Civil Veterinary Department Bengal reports 1933-51 - 1933-1951
Year: 1933
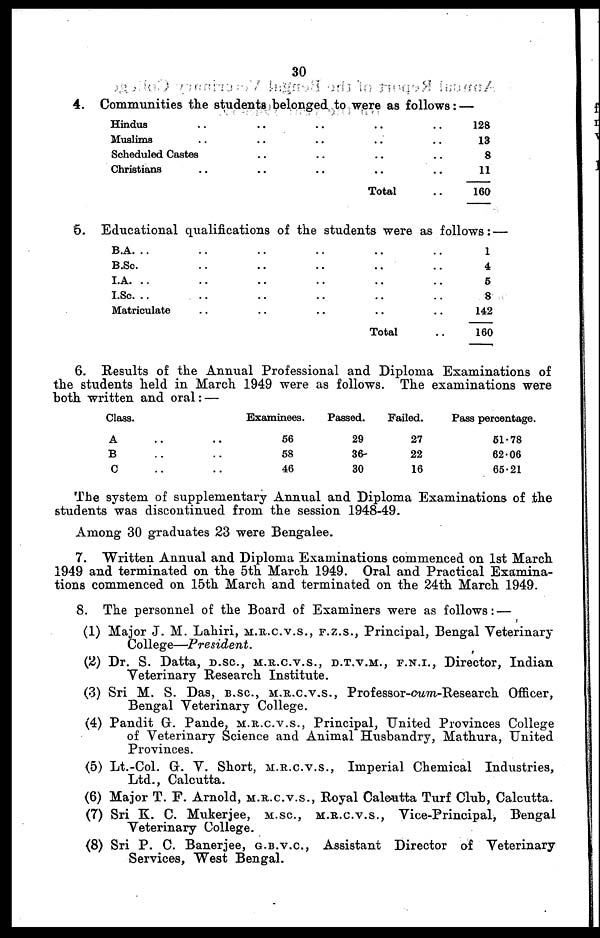
30
4. Communities the students belonged to were as follows : —
Hindus .. .. .. .. ..
Muslims .. .. .. .. ..
Scheduled Castes .. .. .. ..
Christians .. .. .. .. ..
Total ..
128
13
8
11
160
6. Educational qualifications of the students were as follows :—
B.A. .. .. .. .. .. ..
B.Sc. .. .. .. .. .. ..
I.A. .. .. .. .. .. ..
I.Sc. .. .. .. .. .. ..
Matriculate .. .. .. .. ..
Total ..
1
4
5
8
142
160
6. Results of the Annual Professional and Diploma Examinations of
the students held in March 1949 were as follows. The examinations were
both written and oral : —
Class.
A .. ..
B .. ..
C .. ..
Examinees.
56
58
46
Passed.
29
36
30
Failed.
27
22
16
Pass percentage.
51.78
62.06
65.21
The system of supplementary Annual and Diploma Examinations of the
students was discontinued from the session 1948-49.
Among 30 graduates 23 were Bengalee.
7. Written Annual and Diploma Examinations commenced on 1st March
1949 and terminated on the 5th March 1949. Oral and Practical Examina-
tions commenced on 15th March and terminated on the 24th March 1949.
8. The personnel of the Board of Examiners were as follows : —
(1) Major J. M. Lahiri,M.R.C.V.S., F.Z.S., Principal, Bengal Veterinary
College—President.
(2) Dr. S. Datta, D.SC., M.R.C.V.S., D.T.V.M., F.N.I., Director, Indian
Veterinary Research Institute.
(3) Sri M. S. Das, B.SC., M.R.C.V.S., Professor-cum-Research Officer,
Bengal Veterinary College.
(4) Pandit G. Pande, M.R.C.V.S., Principal, United Provinces College
of Veterinary Science and Animal Husbandry, Mathura, United
Provinces.
(5) Lt.-Col. G. V. Short, M.R.C.V.S., Imperial Chemical Industries,
Ltd., Calcutta.
(6) Major T. F. Arnold, M.R.C.V.S., Royal Calcutta Turf Club, Calcutta.
(7) Sri K. C. Mukerjee, M.SC., M.R.C.V.S., Vice-Principal, Bengal
Veterinary College.
(8) Sri P. C. Banerjee, G.B.V.C., Assistant Director of Veterinary
Services, West Bengal.